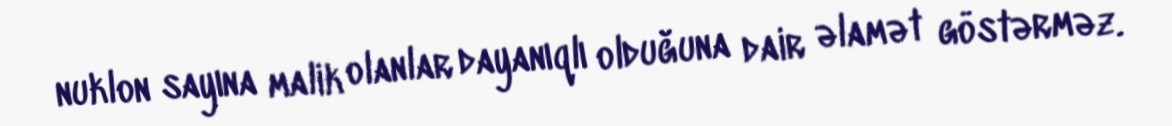
nuklon sayına malik olanlar dayanıqlı olduğuna dair əlamət göstərməz.